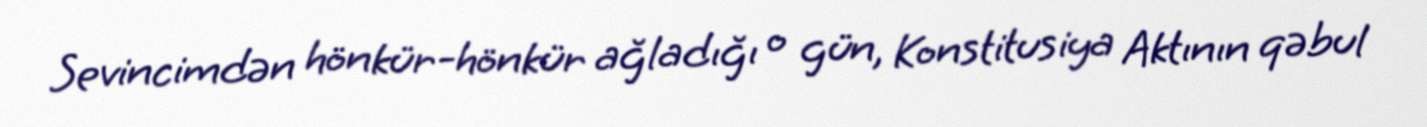
Sevincimdən hönkür-hönkür ağladığı o gün, Konstitusiya Aktının qəbul